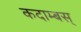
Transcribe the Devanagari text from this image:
कदाम्बस्